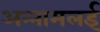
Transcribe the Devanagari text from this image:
अन्‍नामलई